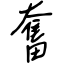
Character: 奮